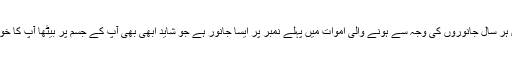
اعداد و شمار کے مطابق ہر سال جانوروں کی وجہ سے ہونے والی اموات میں پہلے نمبر پر ایسا جانور ہے جو شاید ابھی بھی آپ کے جسم پر بیٹھا آپ کا خون چوس رہا ہو، جی ہاں!